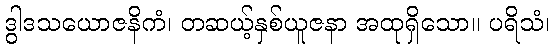
ဒွါဒသယောဇနိကံ၊ တဆယ့်နှစ်ယူဇနာ အထုရှိသော။ ပရိသံ၊